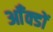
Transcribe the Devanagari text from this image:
आँक्डों